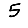
Digit: 5